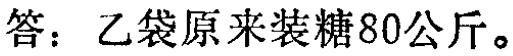
答：乙袋原来装糖80公斤。